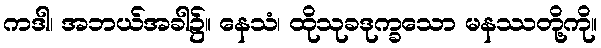
ကဒါ၊ အဘယ်အခါ၌။ နေသံ၊ ထိုသုခဒုက္ခသော မနဿတို့ကို။